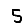
Digit: 5